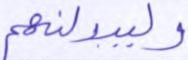
وليبدلنهم